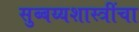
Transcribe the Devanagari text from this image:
सुब्बय्यशास्त्रींचा